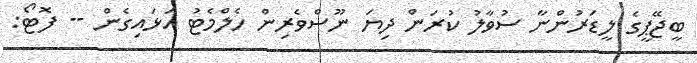
ބީޖޭޕީގެ ލީޑަރުންނާ ސުވާލު ކުރަން ދިޔަ ނޫސްވެރިން ހެލްމެޓު އަޅައިގެން -- ފޮޓޯ: